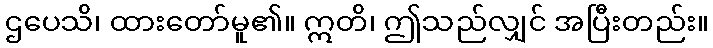
ဌပေသိ၊ ထားတော်မူ၏။ ဣတိ၊ ဤသည်လျှင် အပြီးတည်း။